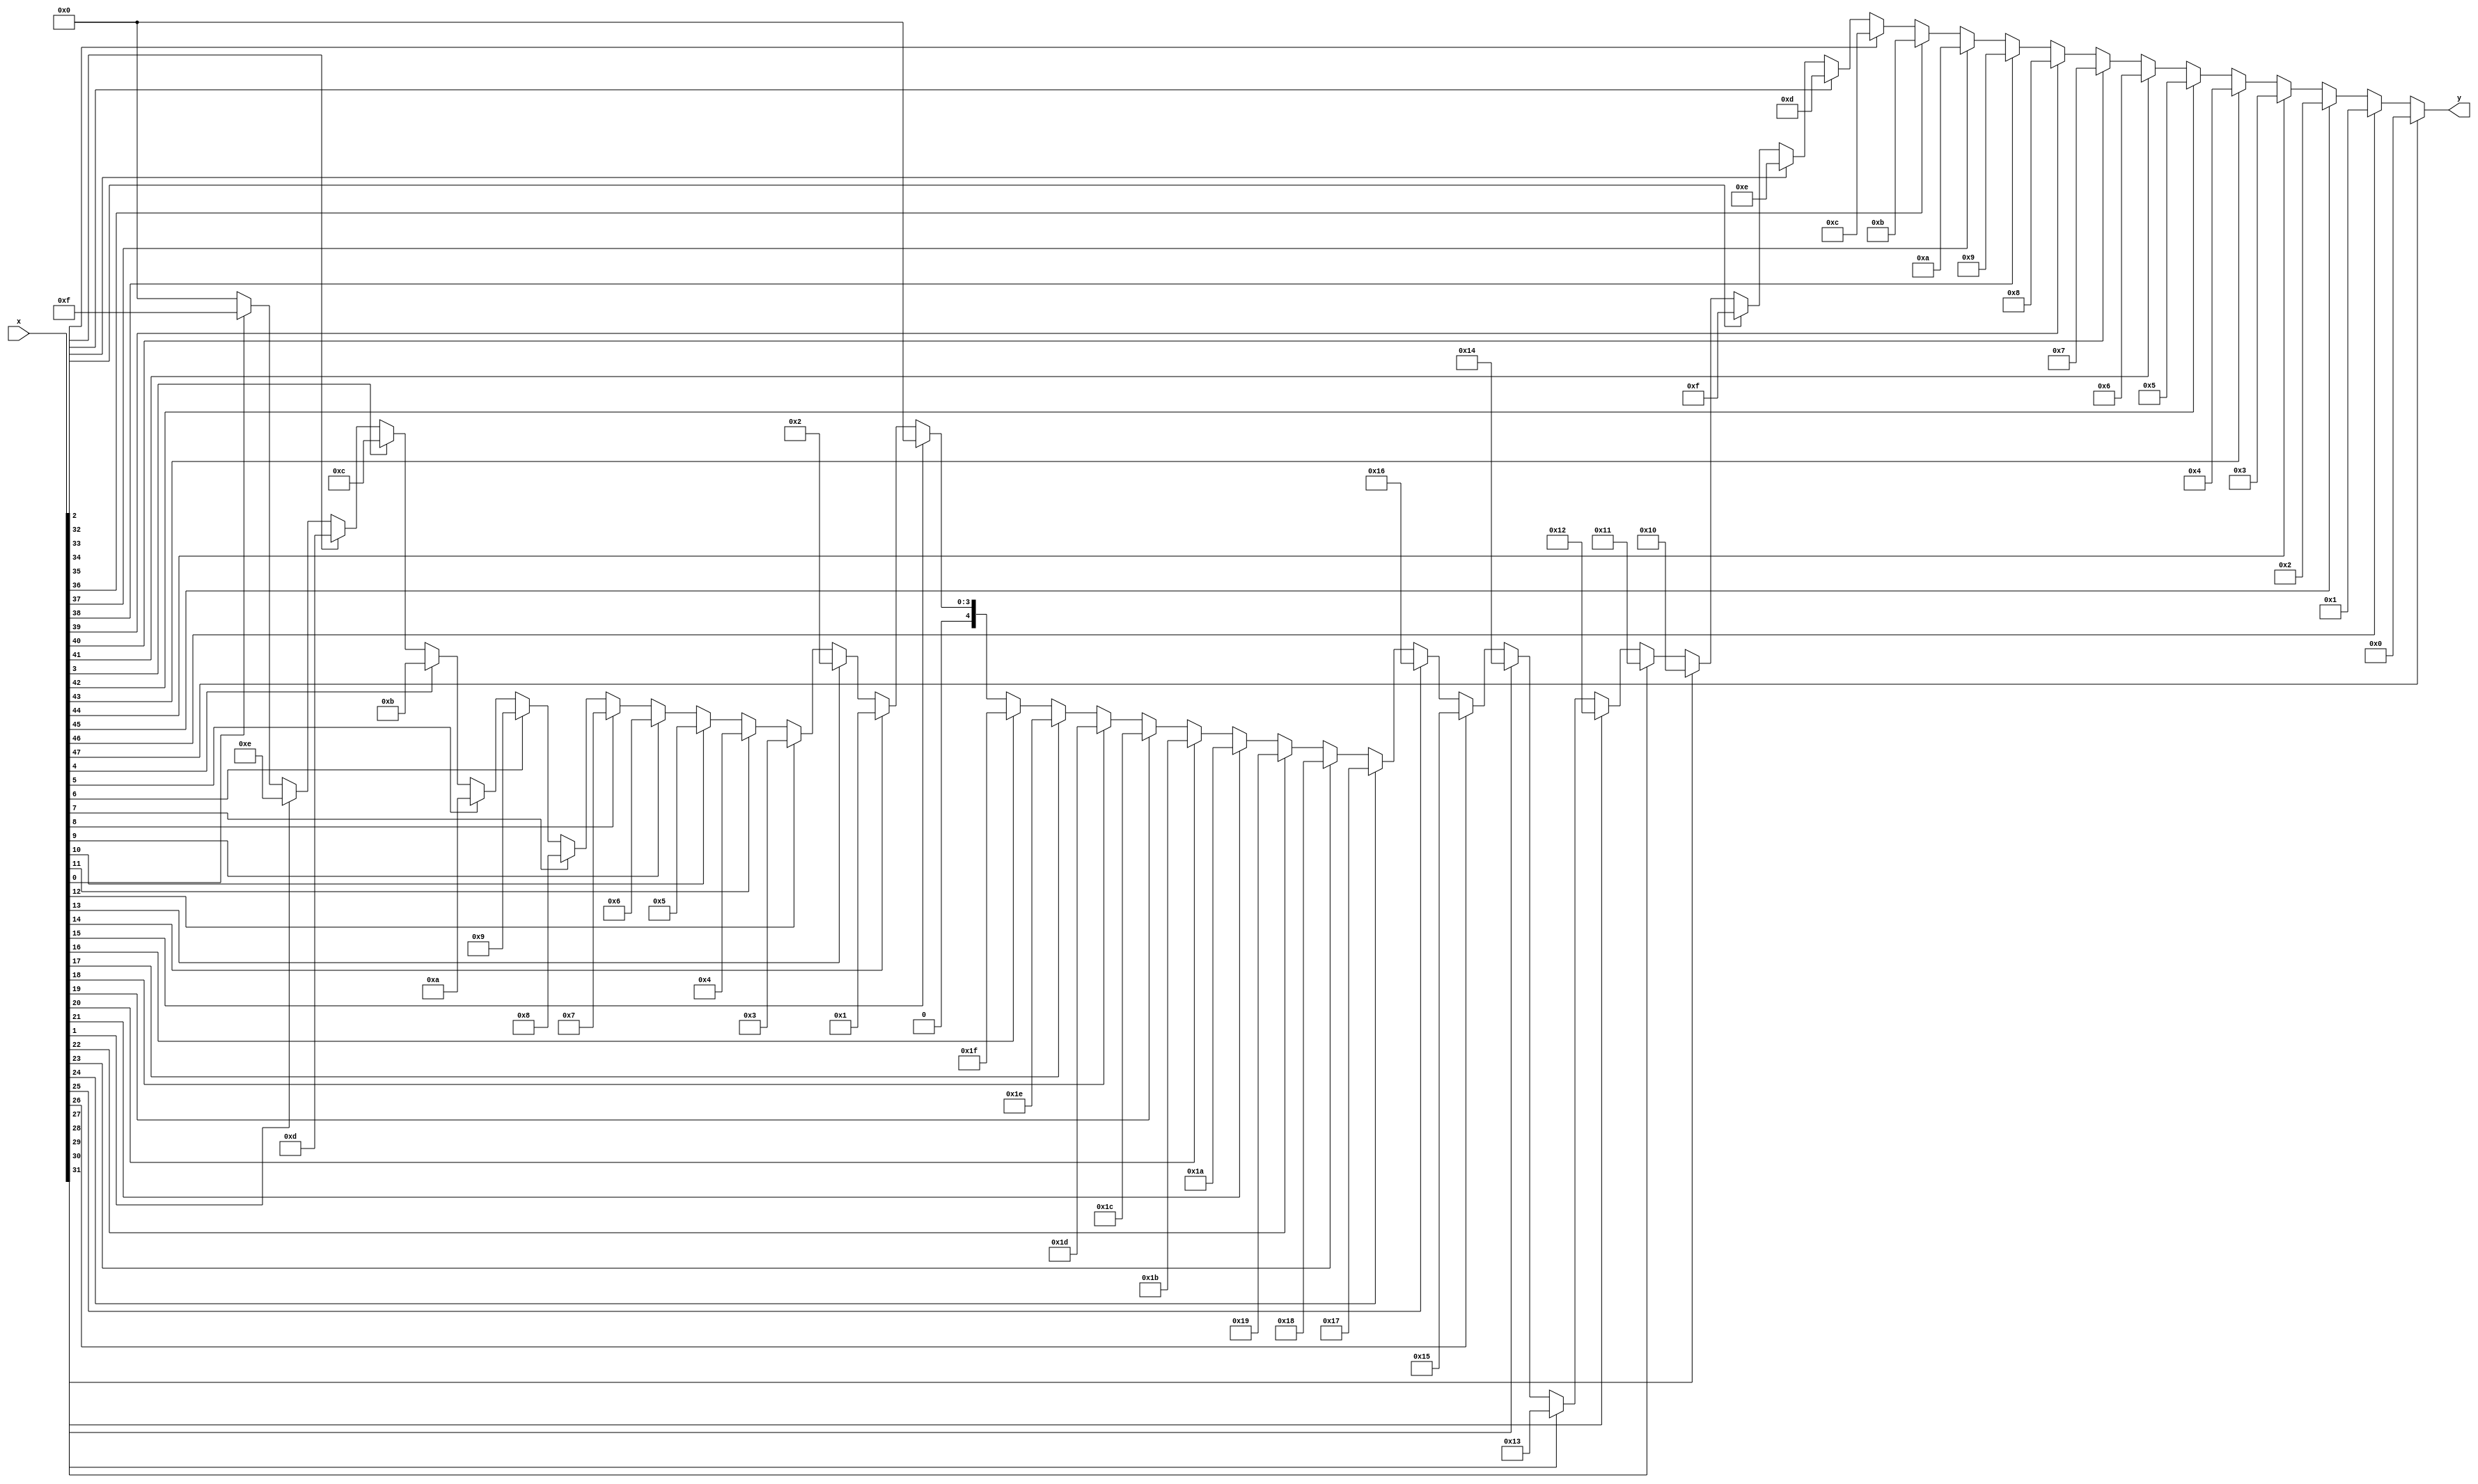
`timescale 1ns / 1ps
//////////////////////////////////////////////////////////////////////////////////
// Company: IITG
// 
// Design Name: 
// Module Name: priority_encoder
// Project Name: 
// Target Devices: 
// Tool Versions: 
// Description: 
// 
// Dependencies: 
// 
// Revision:
// Revision 0.01 - File Created
// Additional Comments:
// 
//////////////////////////////////////////////////////////////////////////////////

//L-bit priority encoder//

module priority_encoder#(parameter L = 23)( x,y);
input [(2*L)+1:0] x;
output [($clog2(L))-1:0]y;
wire [($clog2(L))-1:0]count[2*(L+1):0];
assign count[0] = 0;
genvar i;
  for(i=0;i<2*(L+1);i = i+1)
  begin
  assign count[i+1] = (x[i] == 1'b1)?(((2*L)+1)-i):count[i];
  end
  assign y = count[2*(L+1)];
endmodule